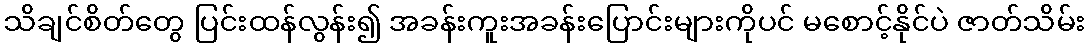
သိချင်စိတ်တွေ ပြင်းထန်လွန်း၍ အခန်းကူးအခန်းပြောင်းများကိုပင် မစောင့်နိုင်ပဲ ဇာတ်သိမ်း